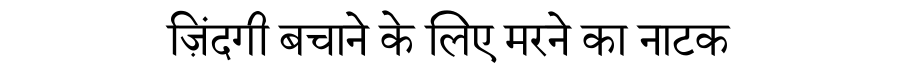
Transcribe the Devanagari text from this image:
ज़िंदगी बचाने के लिए मरने का नाटक